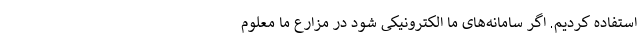
استفاده کردیم. اگر سامانه‌های ما الکترونیکی شود در مزارع ما معلوم